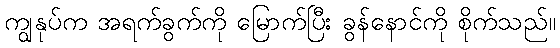
ကျွနုပ်က အရက်ခွက်ကို မြောက်ပြီး ခွန်နောင်ကို စိုက်သည်။